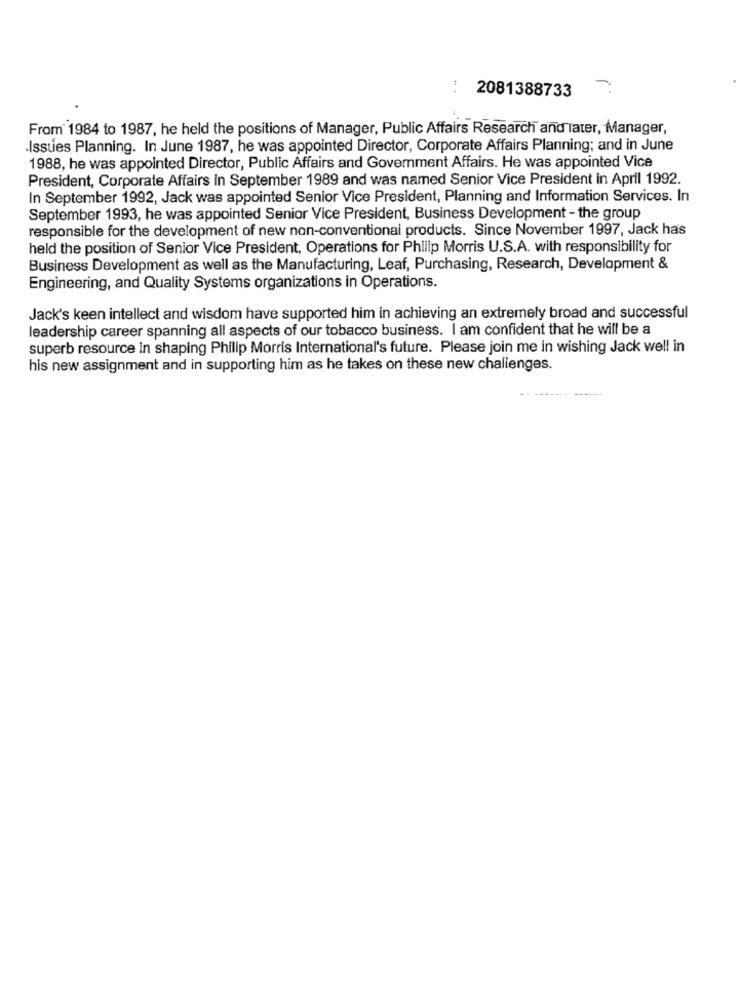
. .
2081388733
From 1984 to 1987, he held the positions of Manager, Public Affairs Research and later, Manager,
Issues Planning. In June 1987, he was appointed Director, Corporate Affairs Planning; and in June
1988, he was appointed Director, Public Affairs and Government Affairs. He was appointed Vice
President, Corporate Affairs In September 1989 and was named Senior Vice President in April 1992.
In September 1992, Jack was appointed Senior Vice President, Planning and Information Services. In
September 1993, he was appointed Senior Vice President, Business Development - the group
responsible for the development of new non-conventional products. Since November 1997, Jack has
held the position of Senior Vice President, Operations for Philip Morris U.S.A. with responsibility for
Business Development as well as the Manufacturing, Leaf, Purchasing, Research, Development &
Engineering, and Quality Systems organizations in Operations.
Jack's keen intellect and wisdom have supported him in achieving an extremely broad and successful
leadership career spanning all aspects of our tobacco business. I am confident that he will be a
superb resource in shaping Philip Morris International's future. Please join me in wishing Jack well in
his new assignment and in supporting him as he takes on these new challenges.